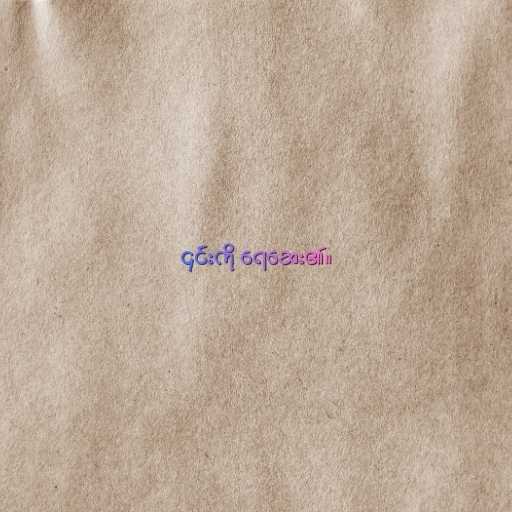
၎င်းကို ရေဆေး၏။